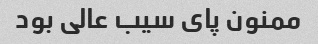
ممنون پای سیب عالی بود